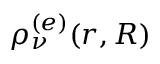
\rho _ { \nu } ^ { ( e ) } ( r , R )